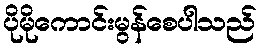
ပိုမိုကောင်းမွန်စေပါသည်